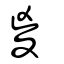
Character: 㚇